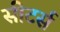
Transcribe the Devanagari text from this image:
सीटर्स